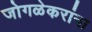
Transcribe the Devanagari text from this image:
जोगळेकरांना